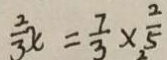
\frac { 2 } { 3 } x = \frac { 7 } { 3 } \times \frac { 2 } { 5 }